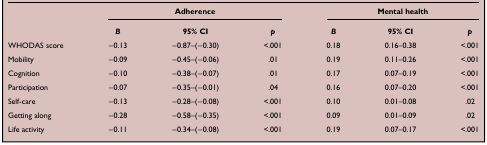
<table><thead><tr><td><b> </b></td><td colspan="3"><b>Adherence</b></td><td colspan="3"><b>Mental health</b></td></tr><tr><td><b> </b></td><td><b><i>B</i></b></td><td><b>95% CI</b></td><td><b><i>p</i></b></td><td><b><i>B</i></b></td><td><b>95% CI</b></td><td><b><i>p</i></b></td></tr></thead><tbody><tr><td>WHODAS score</td><td>−0.13</td><td>−0.87–(−0.30)</td><td>&lt;.001</td><td>0.18</td><td>0.16–0.38</td><td>&lt;.001</td></tr><tr><td>Mobility</td><td>−0.09</td><td>−0.45–(−0.06)</td><td>.01</td><td>0.19</td><td>0.11–0.26</td><td>&lt;.001</td></tr><tr><td>Cognition</td><td>−0.10</td><td>−0.38–(−0.07)</td><td>.01</td><td>0.17</td><td>0.07–0.19</td><td>&lt;.001</td></tr><tr><td>Participation</td><td>−0.07</td><td>−0.35–(−0.01)</td><td>.04</td><td>0.16</td><td>0.07–0.20</td><td>&lt;.001</td></tr><tr><td>Self-care</td><td>−0.13</td><td>−0.28–(−0.08)</td><td>&lt;.001</td><td>0.10</td><td>0.01–0.08</td><td>.02</td></tr><tr><td>Getting along</td><td>−0.28</td><td>−0.58–(−0.35)</td><td>&lt;.001</td><td>0.09</td><td>0.01–0.09</td><td>.02</td></tr><tr><td>Life activity</td><td>−0.11</td><td>−0.34–(−0.08)</td><td>&lt;.001</td><td>0.19</td><td>0.07–0.17</td><td>&lt;.001</td></tr></tbody></table>